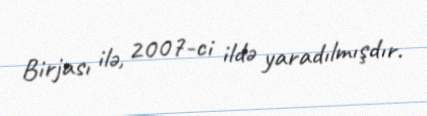
Birjası ilə, 2007-ci ildə yaradılmışdır.